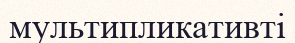
мультипликативті